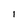
Character: l